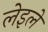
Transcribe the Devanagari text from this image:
लेइले